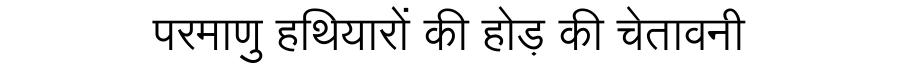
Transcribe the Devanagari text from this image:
परमाणु हथियारों की होड़ की चेतावनी